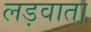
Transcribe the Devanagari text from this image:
लड़वाता